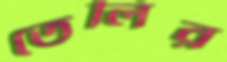
তেলির